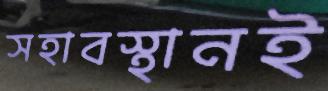
সহাবস্থানই